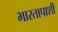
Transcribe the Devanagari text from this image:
भारतापाशी